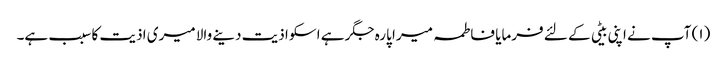
(۱) آپ نے اپنی بیٹی کے لئے فرمایا فاطمہ میرا پارہ جگر ہے اسکو اذیت دینے والا میری اذیت کا سبب ہے۔